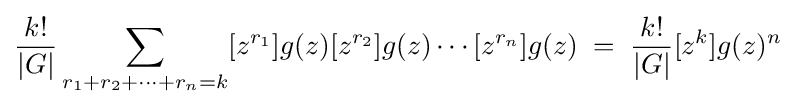
{\frac {k!}{|G|}}\sum _{r_{1}+r_{2}+\cdots +r_{n}=k}[z^{r_{1}}]g(z)[z^{r_{2}}]g(z)\cdots [z^{r_{n}}]g(z)\;=\;{\frac {k!}{|G|}}[z^{k}]g(z)^{n}